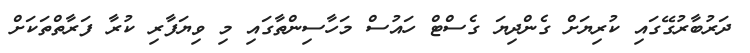
ދަރުބާރުގޭގައި ކުރިޔަށް ގެންދިޔަ ގެސްޓް ހައުސް މަހާސިންތާގައި މި ވިޔަފާރި ކުރާ ފަރާތްތަކަށް